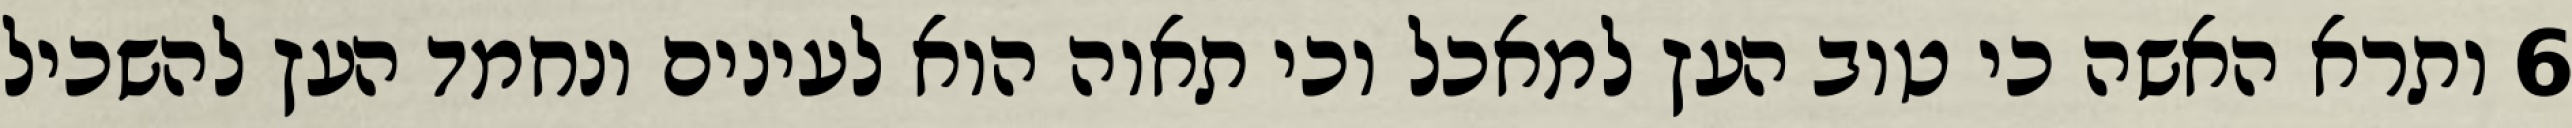
‎6‏ ותרא האשה כי טוב העץ למאכל וכי תאוה הוא לעינים ונחמד העץ להשכיל